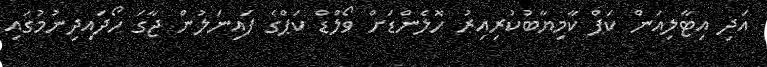
އަދި އިޓާލިއަން ކަޕް ކާމިޔާބުކުރިއިރު ހޮލެންޑަށް ވޯލްޑް ކަޕްގެ ފައިނަލުން ޖާގަ ހޯދައިދިނުމުގައި